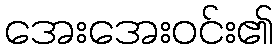
အေးအေးဝင်း၏